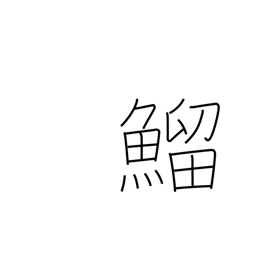
Meaning: type of fish